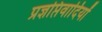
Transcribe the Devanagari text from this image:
प्रज्ञप्तिवादियों